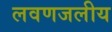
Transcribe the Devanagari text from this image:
लवणजलीय